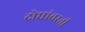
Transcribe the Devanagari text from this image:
दोघांवरती